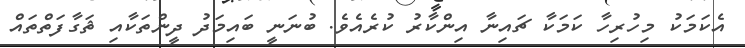
އެކަމަކު މިހުރިހާ ކަމަކާ ޗައިނާ އިންކާރު ކުރެއެވެ. ބުނަނީ ބައިމަދު ދީންތަކާއި ޘަގާފަތްތައް